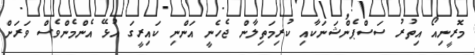
މޮރީނިއޯ އިތުރު ސަސްޕެންޝަނަކާއި ކުރިމަތިލާން ޖެހެނީ އަންނި ކައިރީގަ އުޅޭ އެންމެންވެސް ވަރަށް